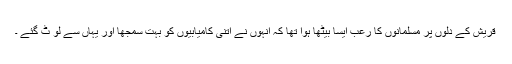
قریش کے دلوں پر مسلمانوں کا رعب ایسا بیٹھا ہوا تھا کہ انہوں نے اتنی کامیابیوں کو بہت سمجھا اور یہاں سے لو ٹ گئے ۔